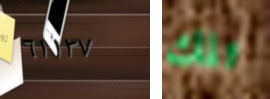
٦١١٣٧ تلك